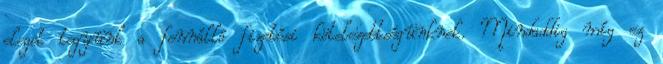
eleget tegyünk a fennálló fizetési kötelezettségünknek. Mindaddig míg ez